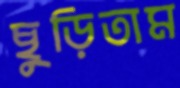
ছুড়িতাম